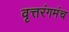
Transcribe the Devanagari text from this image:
वृत्तरंगमंच